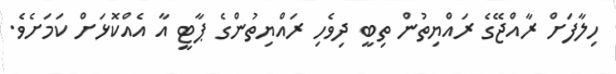
ހިލާފަށް ރާއްޖޭގެ ރައްޔިތުން ތިބީ ދިވެހި ރައްޔިތުންގެ ޕާޓީ އާ އެއްކޮޅަށް ކަމަށެވެ.